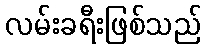
လမ်းခရီးဖြစ်သည်